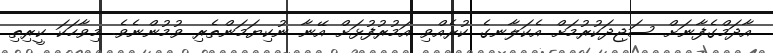
އާދަމްގެފާނަށް ސަޖިދަކުރުމަށް އެކަލާނގެ ކުރެއްވި އަމުރުފުޅަށް އޭނާ ނުކިޔަމަންތެރި ވުމުންނެވެ. މިވާހަކަ ކީރިތި